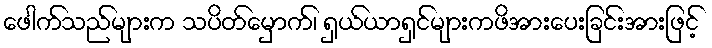
ဖေါက်သည်များက သပိတ်မှောက်၊ ရှယ်ယာရှင်များကဖိအားပေးခြင်းအားဖြင့်